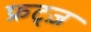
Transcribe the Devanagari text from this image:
फ्रट्ज़